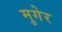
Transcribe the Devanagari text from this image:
मुगेर